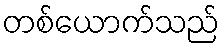
တစ်ယောက်သည်